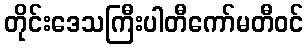
တိုင်းဒေသကြီးပါတီကော်မတီဝင်